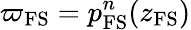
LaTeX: \varpi_{\mathrm{FS}}=p_{\mathrm{FS}}^{n}(z_{\mathrm{FS}})